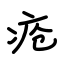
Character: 疮